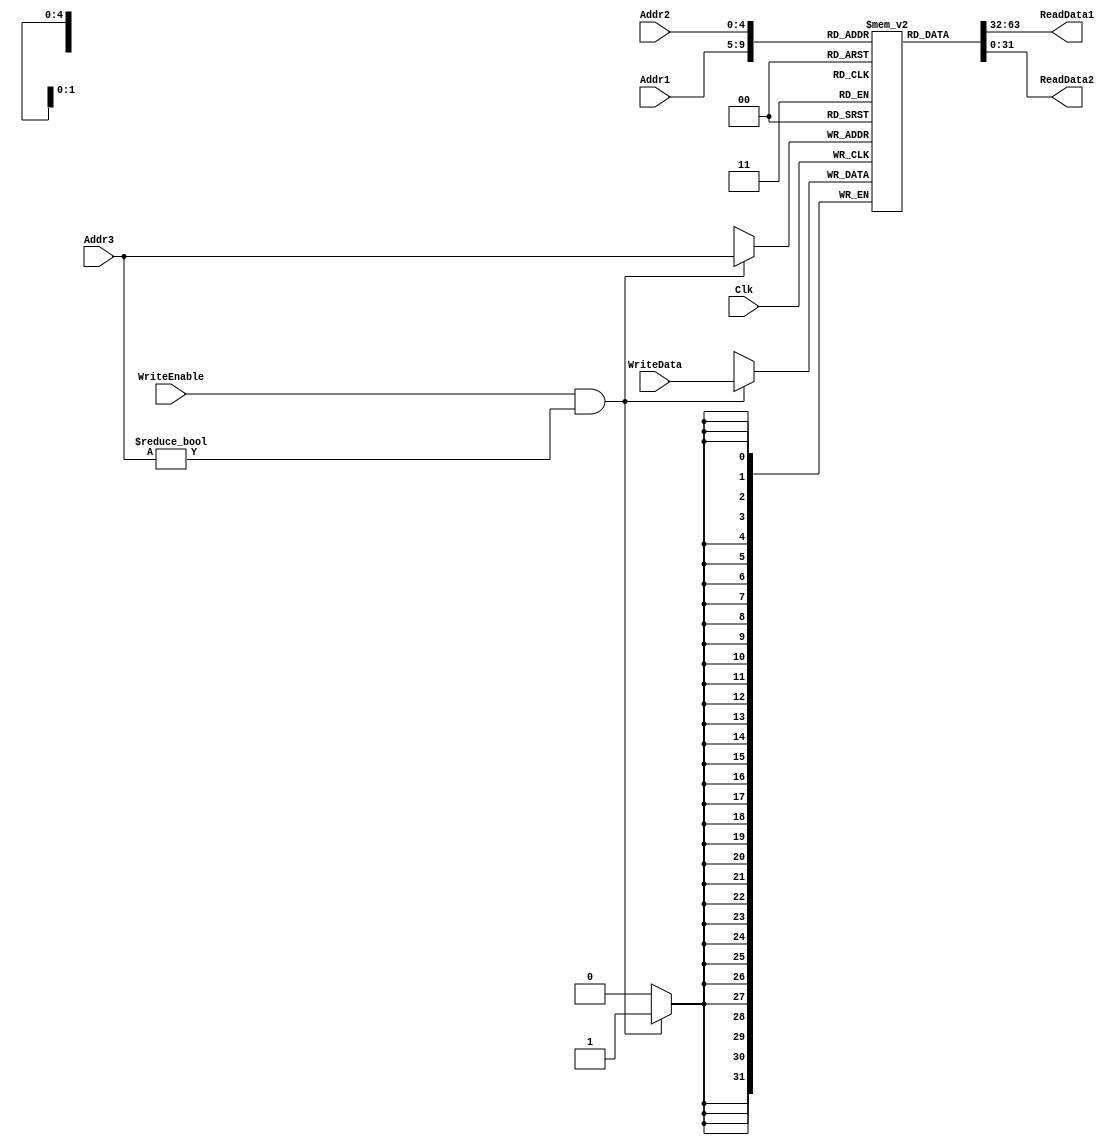
module RegisterFile(Clk, 
                    Addr1, 
                    Addr2, 
                    Addr3, 
                    WriteData, 
                    WriteEnable, 
                    ReadData1, 
                    ReadData2);
  
  input             Clk;
  input [4:0]       Addr1;
  input [4:0]       Addr2;
  input [4:0]       Addr3;
  input [31:0]      WriteData;
  input             WriteEnable;
  output reg [31:0] ReadData1;
  output reg [31:0] ReadData2;
  
  reg[31:0]         RegBank [31:0];
  
  integer i;
  initial begin
    for(i = 0;i < 32;i = i + 1)
      RegBank[i] = i;
  end
  
  always @(Addr1, Addr2) begin
    ReadData1 = RegBank[Addr1];
    ReadData2 = RegBank[Addr2];
  end
  
  always @(posedge Clk) begin
    if(WriteEnable && Addr3 != 0) begin // $0 hardwired to 0
      RegBank[Addr3] <= WriteData;
    end
  end
endmodule